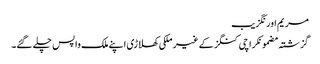
مریم اورنگزیب
گزشتہ مضمونکراچی کنگز کے غیر ملکی کھلاڑی اپنے ملک واپس چلے گئے۔